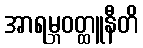
အာရမ္ဘဝတ္ထူနီတိ